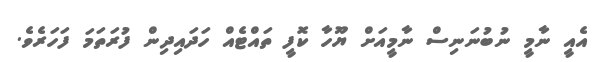
އެއީ ނާމީ ނުބުނަނިސް ނާމީއަށް ޔޫހާ ކޮފީ ތައްޓެއް ހަދައިދިން ފުރަތަމަ ފަހަރެވެ.